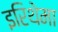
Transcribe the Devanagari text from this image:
इरिथेमा